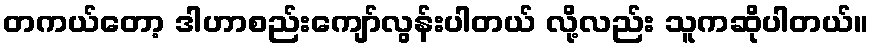
တကယ်တော့ ဒါဟာစည်းကျော်လွန်းပါတယ် လို့လည်း သူကဆိုပါတယ်။